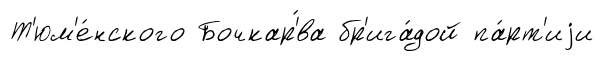
Т'юм'е́нского Бочкар'́ва бр'ига́дой па́рт'иjи